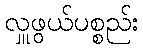
လှူဖွယ်ပစ္စည်း